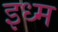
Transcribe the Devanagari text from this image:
इध्म